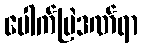
ပေါက်ပြဲဒဏ်ရာ